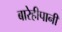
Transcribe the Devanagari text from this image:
बारेहीपानी